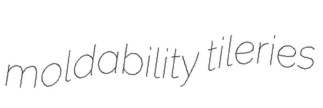
moldability tileries